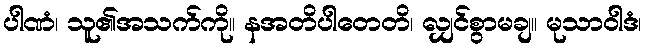
ပါဏံ၊ သူ၏အသက်ကို။ နအတိပါတေတိ၊ လျှင်စွာမချ။ မုသာဝါဒံ၊